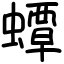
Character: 蟫